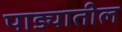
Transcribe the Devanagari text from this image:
पाड्यातील